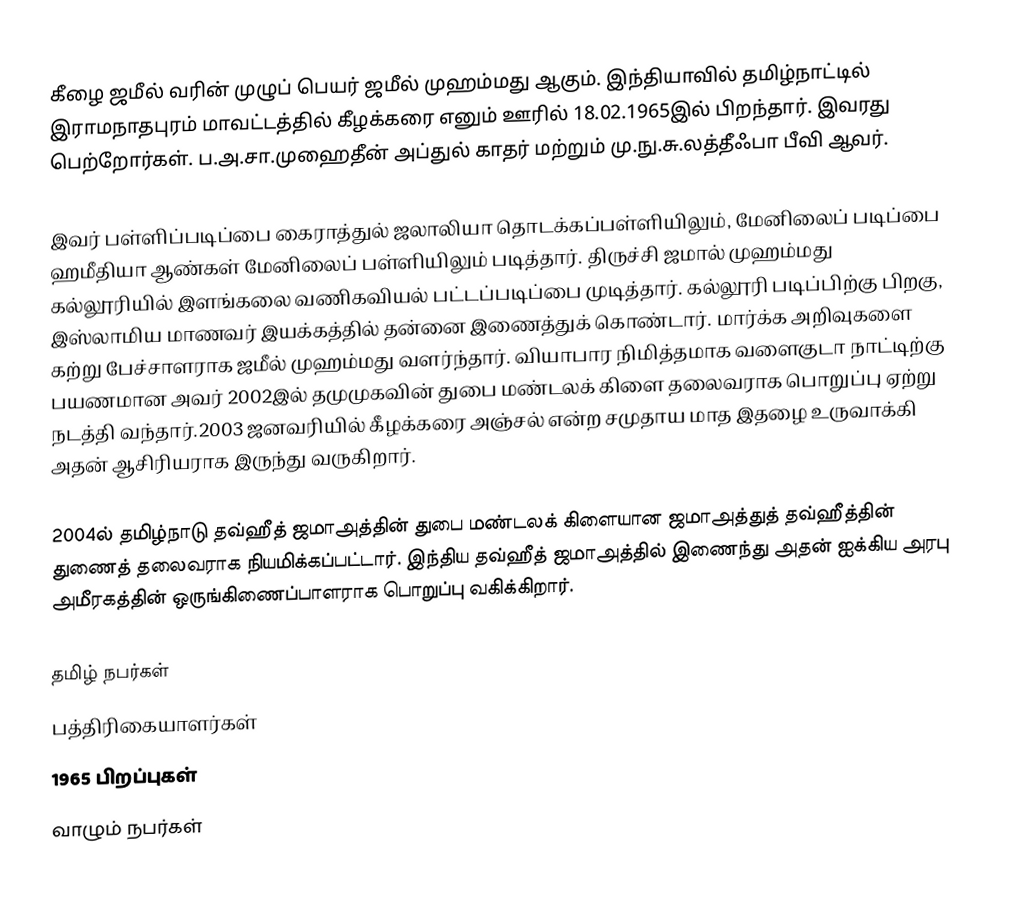
கீழை ஜமீல் வரின் முழுப் பெயர் ஜமீல் முஹம்மது ஆகும். இந்தியாவில் தமிழ்நாட்டில்  இராமநாதபுரம் மாவட்டத்தில் கீழக்கரை எனும் ஊரில் 18.02.1965இல் பிறந்தார். இவரது பெற்றோர்கள். ப.அ.சா.முஹைதீன் அப்துல் காதர் மற்றும் மு.நு.சு.லத்தீஃபா பீவி ஆவர்.

இவர் பள்ளிப்படிப்பை கைராத்துல் ஜலாலியா தொடக்கப்பள்ளியிலும், மேனிலைப் படிப்பை ஹமீதியா ஆண்கள் மேனிலைப் பள்ளியிலும் படித்தார். திருச்சி ஜமால் முஹம்மது கல்லூரியில் இளங்கலை வணிகவியல் பட்டப்படிப்பை முடித்தார்.  கல்லூரி படிப்பிற்கு பிறகு,  இஸ்லாமிய மாணவர் இயக்கத்தில் தன்னை இணைத்துக் கொண்டார். மார்க்க அறிவுகளை கற்று பேச்சாளராக ஜமீல் முஹம்மது வளர்ந்தார். வியாபார நிமித்தமாக வளைகுடா நாட்டிற்கு பயணமான அவர் 2002இல் தமுமுகவின் துபை மண்டலக் கிளை தலைவராக பொறுப்பு ஏற்று நடத்தி வந்தார்.2003 ஜனவரியில் கீழக்கரை அஞ்சல் என்ற சமுதாய மாத இதழை உருவாக்கி அதன் ஆசிரியராக இருந்து வருகிறார்.

2004ல் தமிழ்நாடு தவ்ஹீத் ஜமாஅத்தின்  துபை மண்டலக் கிளையான ஜமாஅத்துத் தவ்ஹீத்தின் துணைத் தலைவராக நியமிக்கப்பட்டார். இந்திய தவ்ஹீத் ஜமாஅத்தில் இணைந்து அதன் ஐக்கிய அரபு அமீரகத்தின் ஒருங்கிணைப்பாளராக பொறுப்பு வகிக்கிறார்.

தமிழ் நபர்கள்
பத்திரிகையாளர்கள்
1965 பிறப்புகள்
வாழும் நபர்கள்